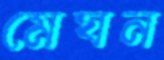
মেঘন